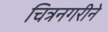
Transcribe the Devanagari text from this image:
चित्रनगरीने